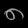
Digit: ၈